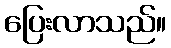
ပြေးလာသည်။